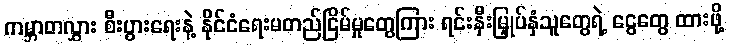
ကမ္ဘာတလွှား စီးပွားရေးနဲ့ နိုင်ငံရေးမတည်ငြိမ်မှုတွေကြား ရင်းနှီးမြှုပ်နှံသူတွေရဲ့ ငွေတွေ ထားဖို့